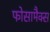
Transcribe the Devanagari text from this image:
फोसामैक्स